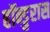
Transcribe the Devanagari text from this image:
हॉन्डुरास